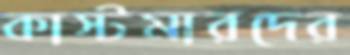
কাস্টমারদের